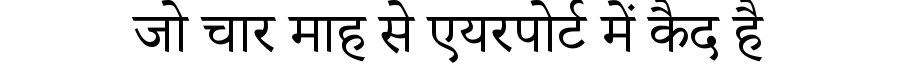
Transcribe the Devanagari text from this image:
जो चार माह से एयरपोर्ट में कैद है